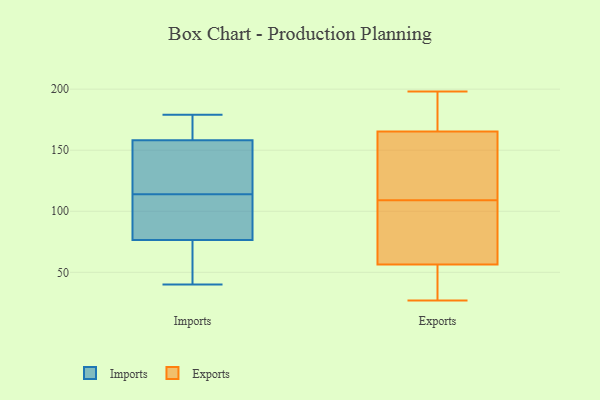
{"axis": {"x": "Tickets Resolved", "y": "Value"}, "legend": ["Exports", "Imports"], "data": [{"x": "", "y": 99, "type": "Imports"}, {"x": "", "y": 40, "type": "Imports"}, {"x": "", "y": 72, "type": "Imports"}, {"x": "", "y": 178, "type": "Imports"}, {"x": "", "y": 107, "type": "Imports"}, {"x": "", "y": 122, "type": "Imports"}, {"x": "", "y": 179, "type": "Imports"}, {"x": "", "y": 114, "type": "Imports"}, {"x": "", "y": 78, "type": "Imports"}, {"x": "", "y": 177, "type": "Imports"}, {"x": "", "y": 72, "type": "Imports"}, {"x": "", "y": 134, "type": "Imports"}, {"x": "", "y": 152, "type": "Imports"}, {"x": "", "y": 109, "type": "Exports"}, {"x": "", "y": 171, "type": "Exports"}, {"x": "", "y": 58, "type": "Exports"}, {"x": "", "y": 64, "type": "Exports"}, {"x": "", "y": 198, "type": "Exports"}, {"x": "", "y": 27, "type": "Exports"}, {"x": "", "y": 36, "type": "Exports"}, {"x": "", "y": 56, "type": "Exports"}, {"x": "", "y": 148, "type": "Exports"}, {"x": "", "y": 172, "type": "Exports"}, {"x": "", "y": 111, "type": "Exports"}, {"x": "", "y": 100, "type": "Exports"}, {"x": "", "y": 172, "type": "Exports"}, {"x": "", "y": 53, "type": "Exports"}, {"x": "", "y": 144, "type": "Exports"}]}